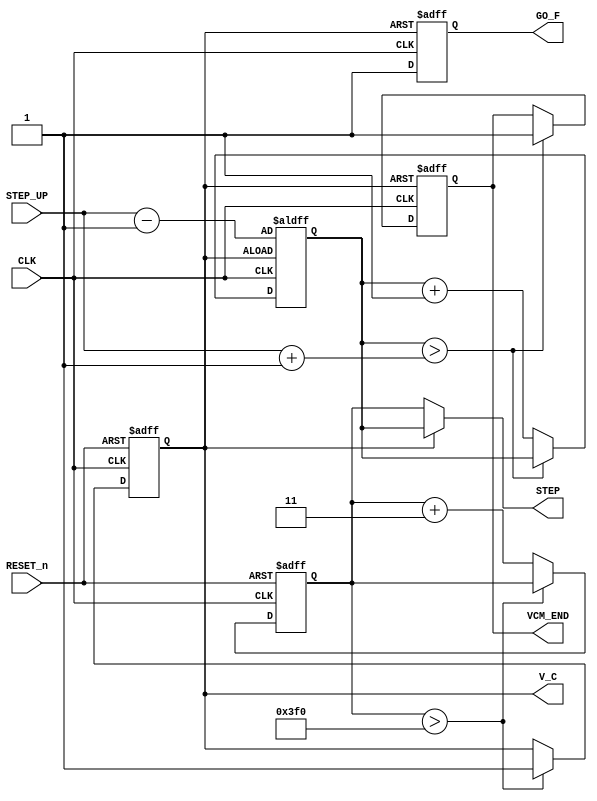
module F_VCM  ( 
input RESET_n ,
input CLK  , 
output [10:0]STEP,
input  [9:0] STEP_UP , 
output reg V_C ,
output reg VCM_END  ,
output reg GO_F 


) ; 
reg [10:0]STEP_i;
reg [10:0]STEP_f;

parameter SCAL   = 3;// 8'd10 ; 
parameter SCAL_f = 1;// 8'd1 ; 

//---step out 
assign STEP = ( !V_C )? STEP_i  :STEP_f ; 

//---------------------------------------initial setting
reg [9:0] STP_I ; 
always @( negedge RESET_n  or posedge CLK )  
 begin 
 if (!RESET_n )  begin 
     V_C <=0 ; 
	  STEP_i <= 0; 
 end 
  else  begin 
		if    (STEP_i  > 11'h3f0 )
		       V_C <=1 ; 
	   else   STEP_i <= STEP_i + SCAL ;  
    end 
 end 

 
//----------------------------------------fine-adjustment
always @( negedge V_C  or posedge CLK )  
 begin 
 if (!V_C )  begin 
	  STEP_f  <= STEP_UP- SCAL/2; 
	  VCM_END <= 0; 	  
	  GO_F  <=0; 
 end 
  else  begin 
      GO_F  <=1; 
		if    (STEP_f  >  STEP_UP + SCAL/2   )
		       VCM_END <=1 ; 
	   else   STEP_f <= STEP_f + SCAL_f;  //10
    end 
 end 

endmodule